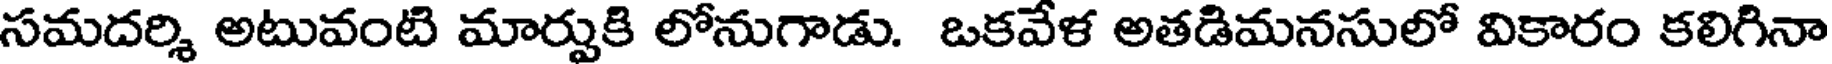
సమదర్శి అటువంటి మార్పుకి లోనుగాడు. ఒకవేళ అతడిమనసులో వికారం కలిగినా